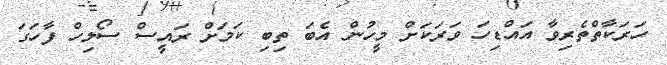
ހަރަކާތްތެރިވާ އައްޑިހަ ވަރަކަށް މީހުން އެބަ ތިބި ކަމަށް ރައީސް ސޯލިހް ފާހަގަ